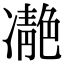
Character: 𩇝